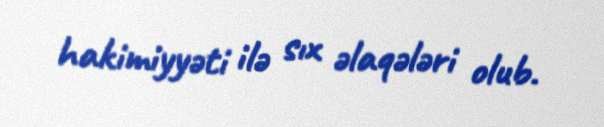
hakimiyyəti ilə sıx əlaqələri olub.